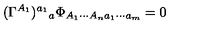
( \Gamma ^ { A _ { 1 } } ) ^ { a _ { 1 } } { } _ { a } \Phi _ { A _ { 1 } \cdots A _ { n } a _ { 1 } \cdots a _ { m } } = 0